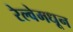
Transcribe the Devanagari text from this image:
रेल्वेमधून